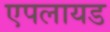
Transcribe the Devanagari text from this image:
एपलायड